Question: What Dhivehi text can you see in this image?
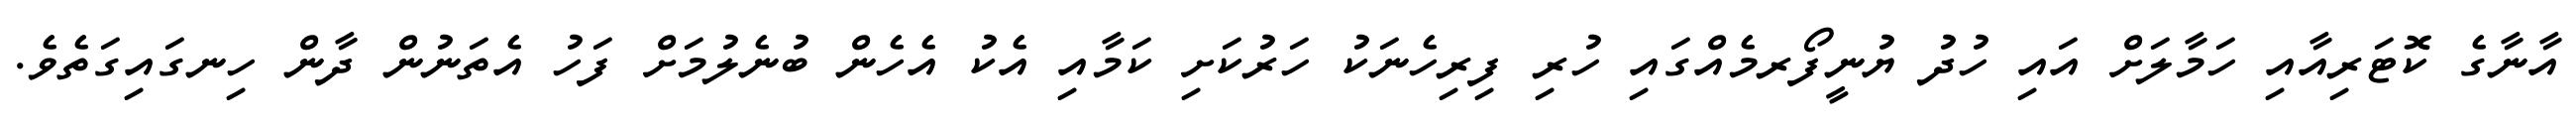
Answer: އާނާގެ ކޮޓަރިއާއި ހަމާލަށް އައި ހުދު ޔުނީފޯރމެއްގައި ހުރި ފިރިހެނަކު ހަރުކަށި ކަމާއި އެކު އެހެން ބުނެލުމަށް ފަހު އެތަނުން ދާން ހިނގައިގަތެވެ.